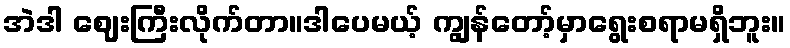
အဲဒါ ဈေးကြီးလိုက်တာ။ဒါပေမယ့် ကျွန်တော့်မှာရွေးစရာမရှိဘူး။